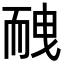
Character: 𦓕